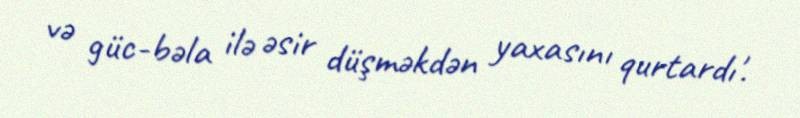
və güc-bəla ilə əsir düşməkdən yaxasını qurtardı'.